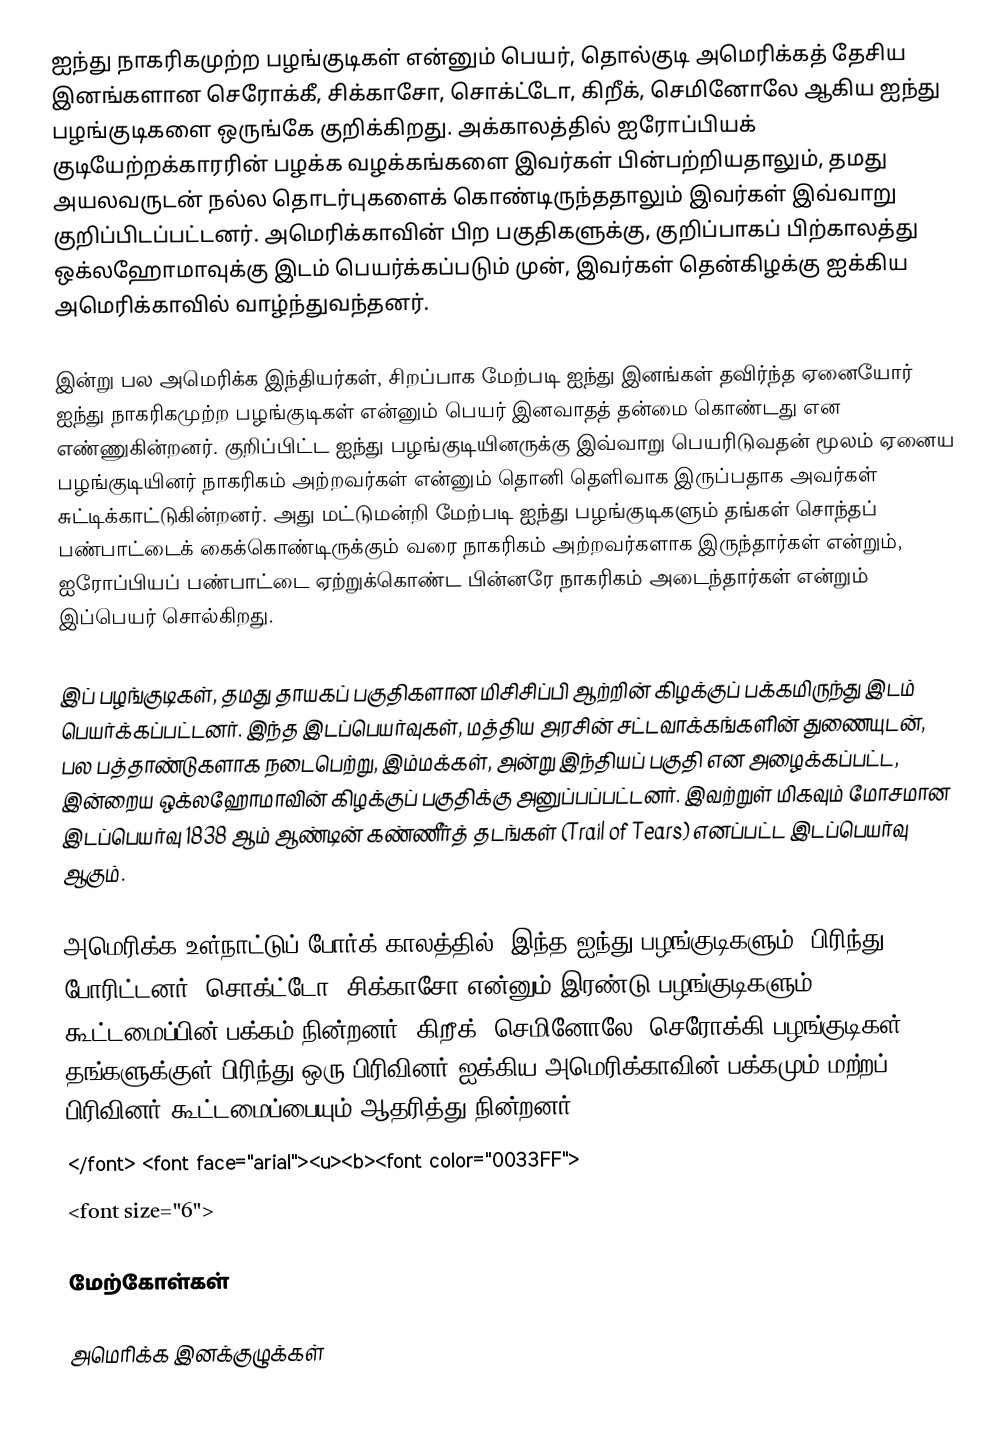
ஐந்து நாகரிகமுற்ற பழங்குடிகள் என்னும் பெயர், தொல்குடி அமெரிக்கத் தேசிய இனங்களான செரோக்கீ, சிக்காசோ, சொக்ட்டோ, கிறீக், செமினோலே ஆகிய ஐந்து பழங்குடிகளை ஒருங்கே குறிக்கிறது. அக்காலத்தில் ஐரோப்பியக் குடியேற்றக்காரரின் பழக்க வழக்கங்களை இவர்கள் பின்பற்றியதாலும், தமது அயலவருடன் நல்ல தொடர்புகளைக் கொண்டிருந்ததாலும் இவர்கள் இவ்வாறு குறிப்பிடப்பட்டனர். அமெரிக்காவின் பிற பகுதிகளுக்கு, குறிப்பாகப் பிற்காலத்து ஒக்லஹோமாவுக்கு இடம் பெயர்க்கப்படும் முன், இவர்கள் தென்கிழக்கு ஐக்கிய அமெரிக்காவில் வாழ்ந்துவந்தனர்.

இன்று பல அமெரிக்க இந்தியர்கள், சிறப்பாக மேற்படி ஐந்து இனங்கள் தவிர்ந்த ஏனையோர் ஐந்து நாகரிகமுற்ற பழங்குடிகள் என்னும் பெயர் இனவாதத் தன்மை கொண்டது என எண்ணுகின்றனர். குறிப்பிட்ட ஐந்து பழங்குடியினருக்கு இவ்வாறு பெயரிடுவதன் மூலம் ஏனைய பழங்குடியினர் நாகரிகம் அற்றவர்கள் என்னும் தொனி தெளிவாக இருப்பதாக அவர்கள் சுட்டிக்காட்டுகின்றனர். அது மட்டுமன்றி மேற்படி ஐந்து பழங்குடிகளும் தங்கள் சொந்தப் பண்பாட்டைக் கைக்கொண்டிருக்கும் வரை நாகரிகம் அற்றவர்களாக இருந்தார்கள் என்றும், ஐரோப்பியப் பண்பாட்டை ஏற்றுக்கொண்ட பின்னரே நாகரிகம் அடைந்தார்கள் என்றும் இப்பெயர் சொல்கிறது.

இப் பழங்குடிகள், தமது தாயகப் பகுதிகளான மிசிசிப்பி ஆற்றின் கிழக்குப் பக்கமிருந்து இடம் பெயர்க்கப்பட்டனர். இந்த இடப்பெயர்வுகள், மத்திய அரசின் சட்டவாக்கங்களின் துணையுடன், பல பத்தாண்டுகளாக நடைபெற்று, இம்மக்கள், அன்று இந்தியப் பகுதி என அழைக்கப்பட்ட, இன்றைய ஒக்லஹோமாவின் கிழக்குப் பகுதிக்கு அனுப்பப்பட்டனர். இவற்றுள் மிகவும் மோசமான இடப்பெயர்வு 1838 ஆம் ஆண்டின் கண்ணீர்த் தடங்கள் (Trail of Tears) எனப்பட்ட இடப்பெயர்வு ஆகும்.

அமெரிக்க உள்நாட்டுப் போர்க் காலத்தில், இந்த ஐந்து பழங்குடிகளும், பிரிந்து போரிட்டனர். சொக்ட்டோ, சிக்காசோ என்னும் இரண்டு பழங்குடிகளும் கூட்டமைப்பின் பக்கம் நின்றனர். கிறீக், செமினோலே, செரோக்கி பழங்குடிகள் தங்களுக்குள் பிரிந்து ஒரு பிரிவினர் ஐக்கிய அமெரிக்காவின் பக்கமும் மற்றப் பிரிவினர் கூட்டமைப்பையும் ஆதரித்து நின்றனர்.
</font> <font face="arial"><u><b><font color="0033FF">
<font size="6">

மேற்கோள்கள்

அமெரிக்க இனக்குழுக்கள்